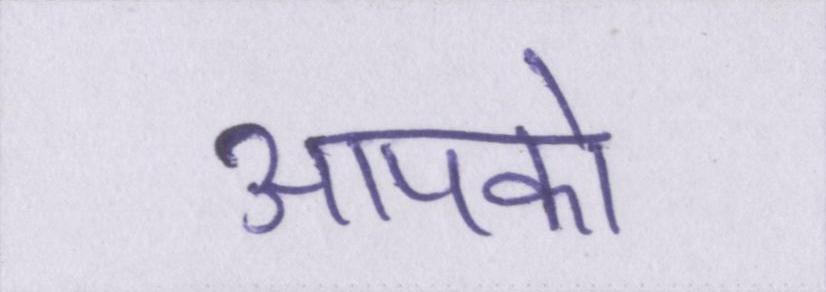
आपको